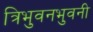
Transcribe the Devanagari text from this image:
त्रिभुवनभुवनी